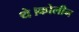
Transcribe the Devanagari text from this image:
थे।कोलीन